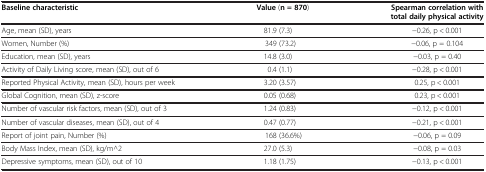
| Baseline characteristic | Value (n = 870) | Spearman correlation with total daily physical activity |
 | --- | --- | --- |
 | Age, mean (SD), years | 81.9 (7.3) | −0.26, p < 0.001 |
 | Women, Number (%) | 349 (73.2) | −0.06, p = 0.104 |
 | Education, mean (SD), years | 14.8 (3.0) | −0.03, p = 0.40 |
 | Activity of Daily Living score, mean (SD), out of 6 | 0.4 (1.1) | −0.28, p < 0.001 |
 | Reported Physical Activity, mean (SD), hours per week | 3.20 (3.57) | 0.25, p < 0.001 |
 | Global Cognition, mean (SD), z-score | 0.05 (0.68) | 0.23, p < 0.001 |
 | Number of vascular risk factors, mean (SD), out of 3 | 1.24 (0.83) | −0.12, p < 0.001 |
 | Number of vascular diseases, mean (SD), out of 4 | 0.47 (0.77) | −0.21, p < 0.001 |
 | Report of joint pain, Number (%) | 168 (36.6%) | −0.06, p = 0.09 |
 | Body Mass Index, mean (SD), kg/m^2 | 27.0 (5.3) | −0.08, p = 0.03 |
 | Depressive symptoms, mean (SD), out of 10 | 1.18 (1.75) | −0.13, p < 0.001 |